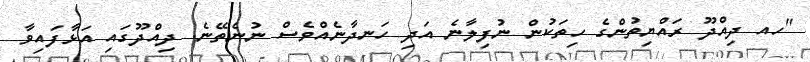
"ހއ ދިއްދޫ ރައްޔިތުންގެ ހިތަކުން ނުފިލާނެ އަދި ހަނދާނެއްވެސް ނުނެތޭނެ. ދިއްދޫގައި އަޅާފައިވާ